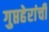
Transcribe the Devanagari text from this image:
गुप्तहेरांची